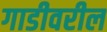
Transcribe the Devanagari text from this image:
गाडीवरील